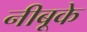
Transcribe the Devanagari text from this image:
नीबूके